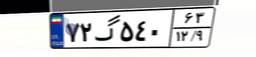
۵۰گ۲۶۶۲۷